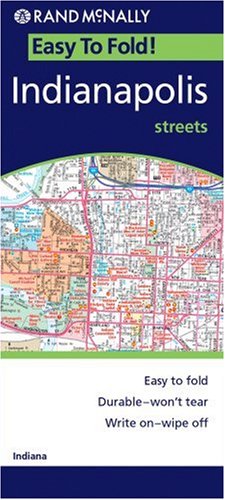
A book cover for Indianapolis (EasyFinder); Rand McNally; Travel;